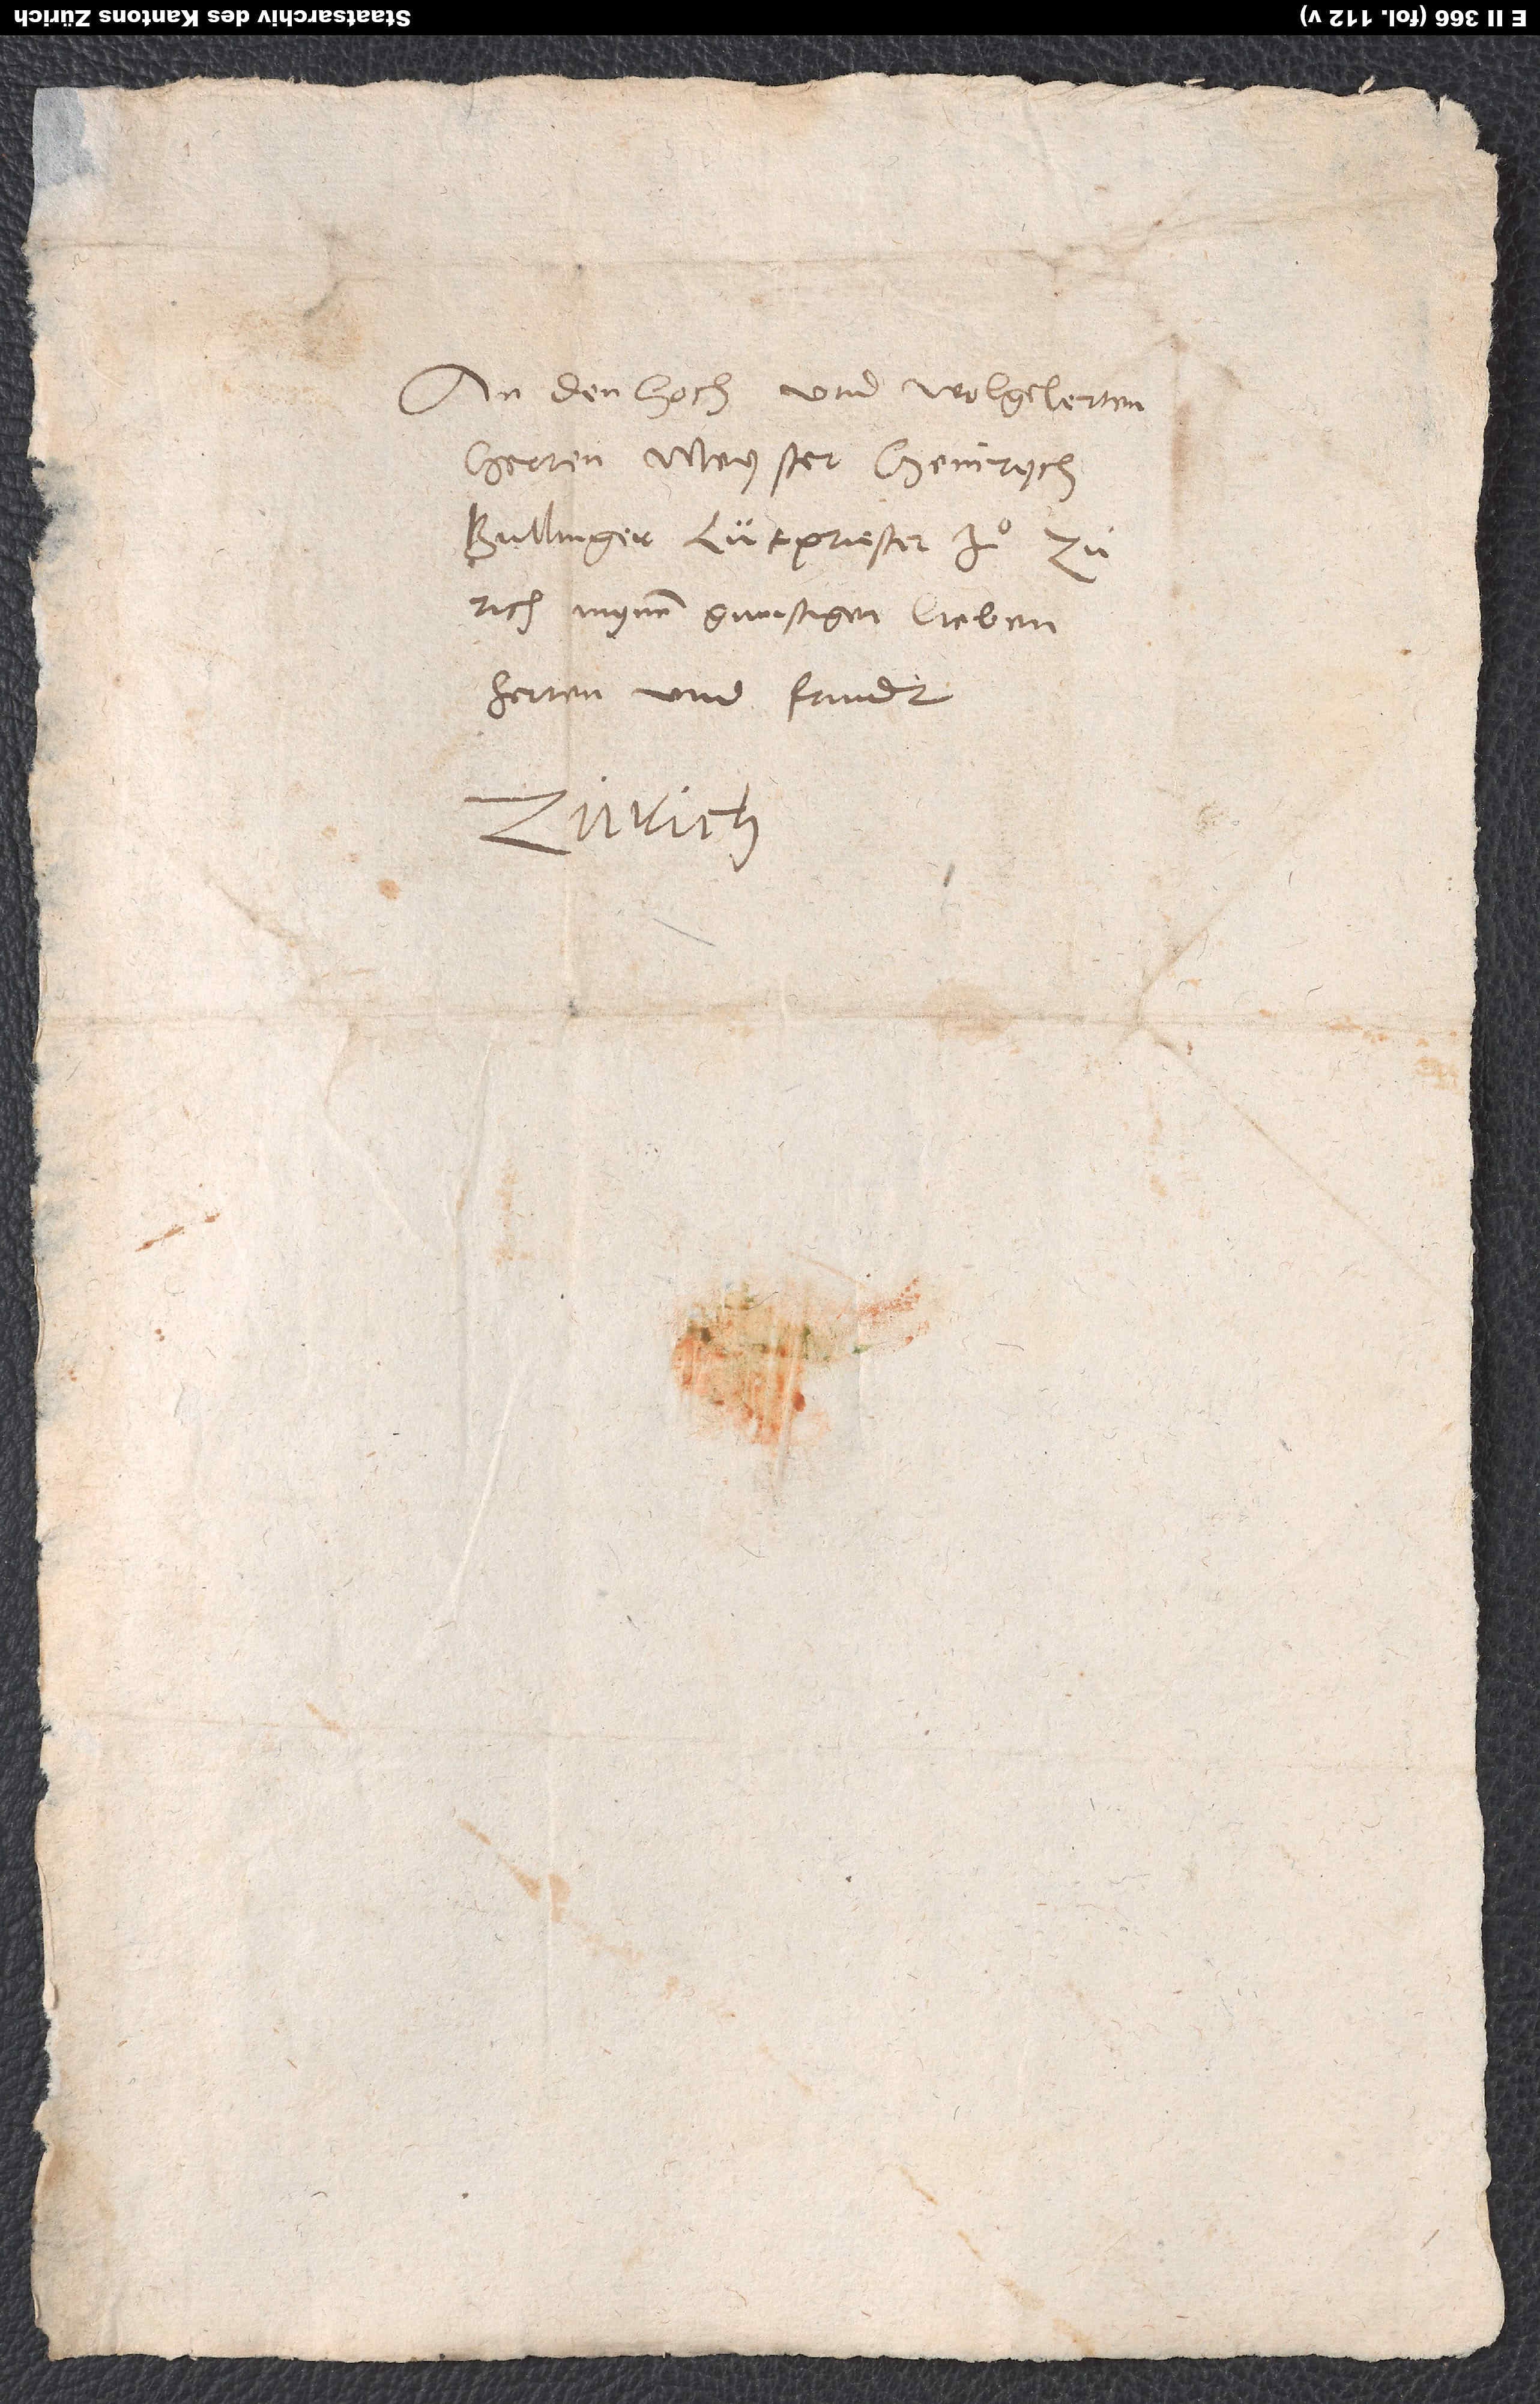
An den hoch- und wolgelerten
herren meyster Heinrych
Bullinger, lütpriester zuͦ
mynem gunstigen, lieben
herren und frundt.
Zürich.